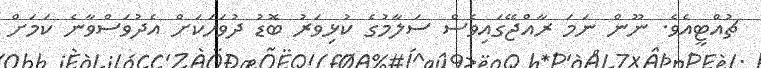
ޗުއްޓީއެވެ. ނޫން ނަމަ ރާއްޖޭގައިވެސް ސަލާމުގެ ކުޅިވަރު ބޮޑު ދުވަހަކަށް އެދުވަސްވާނެ ކަމަށް